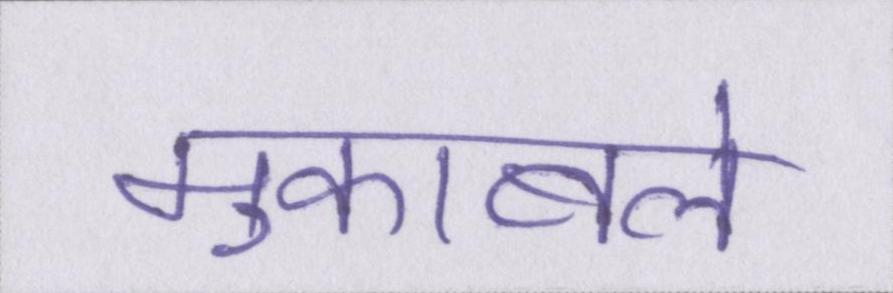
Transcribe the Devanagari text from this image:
मुकाबले